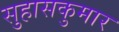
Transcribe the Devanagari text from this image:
सुहासकुमार